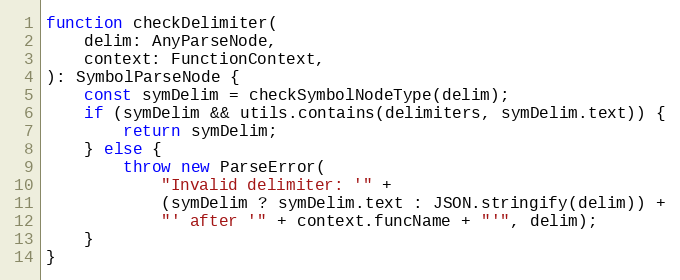
Language: JavaScript
function checkDelimiter(
    delim: AnyParseNode,
    context: FunctionContext,
): SymbolParseNode {
    const symDelim = checkSymbolNodeType(delim);
    if (symDelim && utils.contains(delimiters, symDelim.text)) {
        return symDelim;
    } else {
        throw new ParseError(
            "Invalid delimiter: '" +
            (symDelim ? symDelim.text : JSON.stringify(delim)) +
            "' after '" + context.funcName + "'", delim);
    }
}